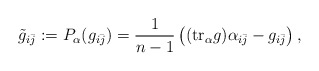
\begin{align*} \tilde{g}_{i\bar j} := P_\alpha(g_{i\bar j}) = \frac{1}{n-1}\left( (\mathrm{tr}_\alpha g) \alpha_{i\bar j} - g_{i\bar j}\right), \end{align*}